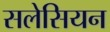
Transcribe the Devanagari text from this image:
सलेसियन